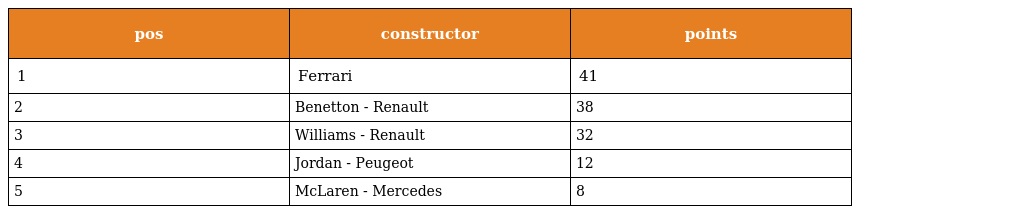
| pos | constructor | points |
 | --- | --- | --- |
 | 1 | Ferrari | 41 |
 | 2 | Benetton - Renault | 38 |
 | 3 | Williams - Renault | 32 |
 | 4 | Jordan - Peugeot | 12 |
 | 5 | McLaren - Mercedes | 8 |